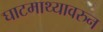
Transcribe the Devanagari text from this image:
घाटमाथ्यावरुन